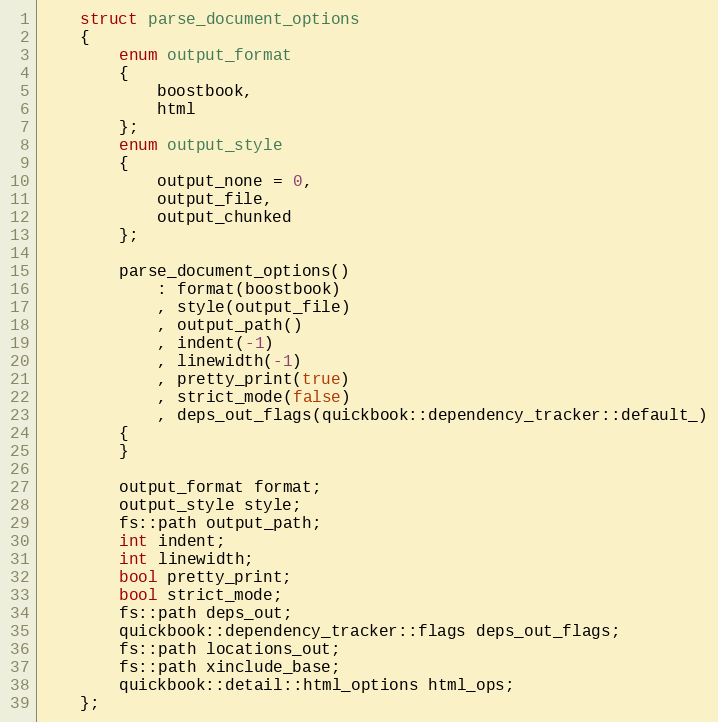
Language: C++
    struct parse_document_options
    {
        enum output_format
        {
            boostbook,
            html
        };
        enum output_style
        {
            output_none = 0,
            output_file,
            output_chunked
        };

        parse_document_options()
            : format(boostbook)
            , style(output_file)
            , output_path()
            , indent(-1)
            , linewidth(-1)
            , pretty_print(true)
            , strict_mode(false)
            , deps_out_flags(quickbook::dependency_tracker::default_)
        {
        }

        output_format format;
        output_style style;
        fs::path output_path;
        int indent;
        int linewidth;
        bool pretty_print;
        bool strict_mode;
        fs::path deps_out;
        quickbook::dependency_tracker::flags deps_out_flags;
        fs::path locations_out;
        fs::path xinclude_base;
        quickbook::detail::html_options html_ops;
    };